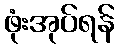
ဖုံးအုပ်ရန်